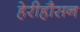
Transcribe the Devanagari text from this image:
हेरीहौसन